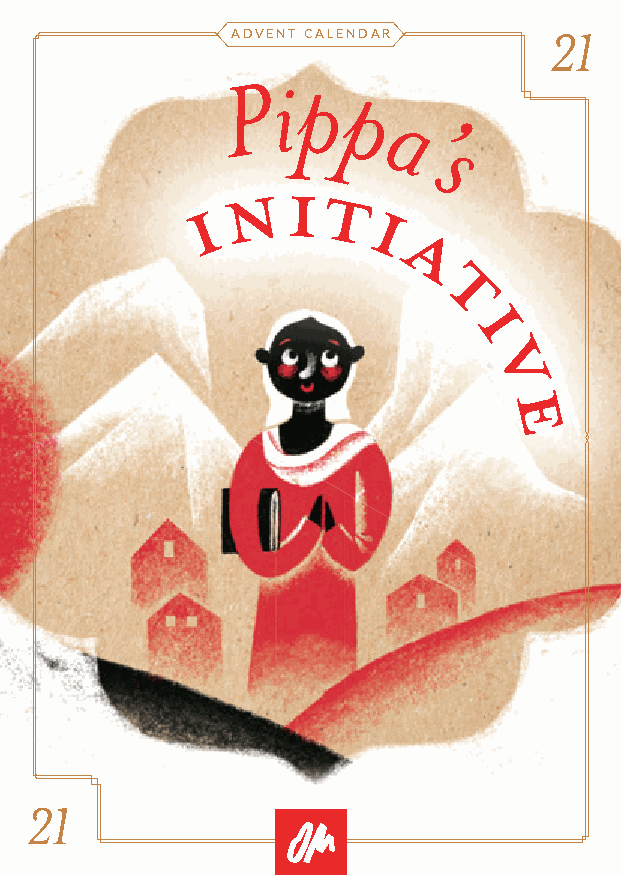
ADVENT CALENDAR      21
 P  ip
 p
 a
 ’
 s
 N   I
 I       T
 I
 A
 T
 I
 V
 E
 21